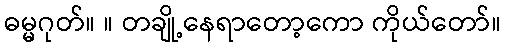
ဓမ္မဂုတ်။ ။ တချို့နေရာတော့ကော ကိုယ်တော်။